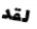
لقد